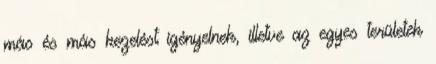
más és más kezelést igényelnek, illetve az egyes területek